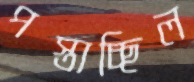
পস্তাচ্ছিল